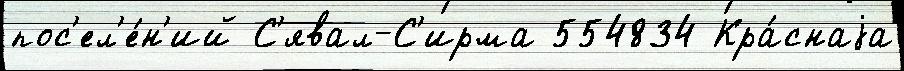
пос'ел'е́н'ий С'явал-С'ирма 554834 Кра́снаjа